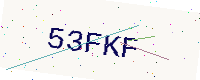
Text: 53FKF